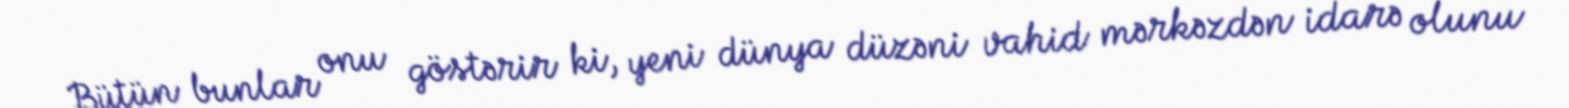
Bütün bunlar onu göstərir ki, yeni dünya düzəni vahid mərkəzdən idarə olunu